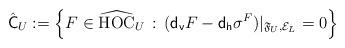
LaTeX: \begin{align*}\hat{\sf C}_U:=\left\{F\in\widehat{\rm HOC}_U\,:\,({\sf d_v} F- {\sf d_h}\sigma^F)\vert_{{\frak F}_U,{\cal E}_L}=0\right\}\end{align*}